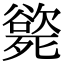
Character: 𣩭